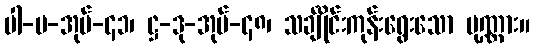
ပါ-ပ-အုပ်-၄၁၊ ဋ္ဌ-ဒု-အုပ်-၄၈၊ သင်္ချိုင်းကုန်းရွေးသော ပုဏ္ဏား။